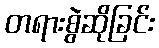
တရားစွဲဆိုခြင်း